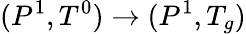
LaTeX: (P^{1},T^{0})\rightarrow(P^{1},T_{g})